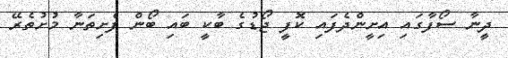
ދީނާ ސޯފާގައި އިށީންދެފައި ކޮފީ ޖޯޑުގެ ބާކީ ބައި ބޯން ފެށިތަނާ މުށުތެރޭ